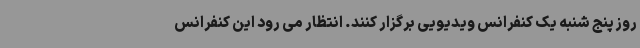
روز پنج شنبه یک کنفرانس ویدیویی برگزار کنند. انتظار می رود این کنفرانس